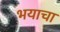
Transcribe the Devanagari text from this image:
भयाचा